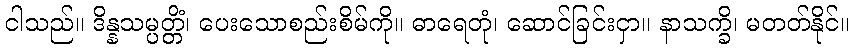
ငါသည်။ ဒိန္နသမ္ပတ္တိံ၊ ပေးသောစည်းစိမ်ကို။ ဓာရေတုံ၊ ဆောင်ခြင်းငှာ။ နာသက္ခိ၊ မတတ်နိုင်။